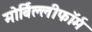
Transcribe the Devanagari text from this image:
मोर्बिल्लीफॉर्म